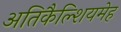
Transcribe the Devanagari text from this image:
अतिकैल्शियमेह